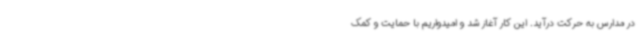
در مدارس به حرکت درآید. این کار آغاز شد و امیدواریم با حمایت و کمک